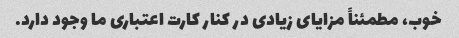
خوب، مطمئناً مزایای زیادی در کنار کارت اعتباری ما وجود دارد.